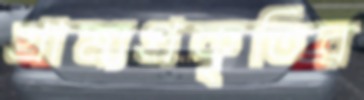
গ্রাম্যপ্রকৃতির